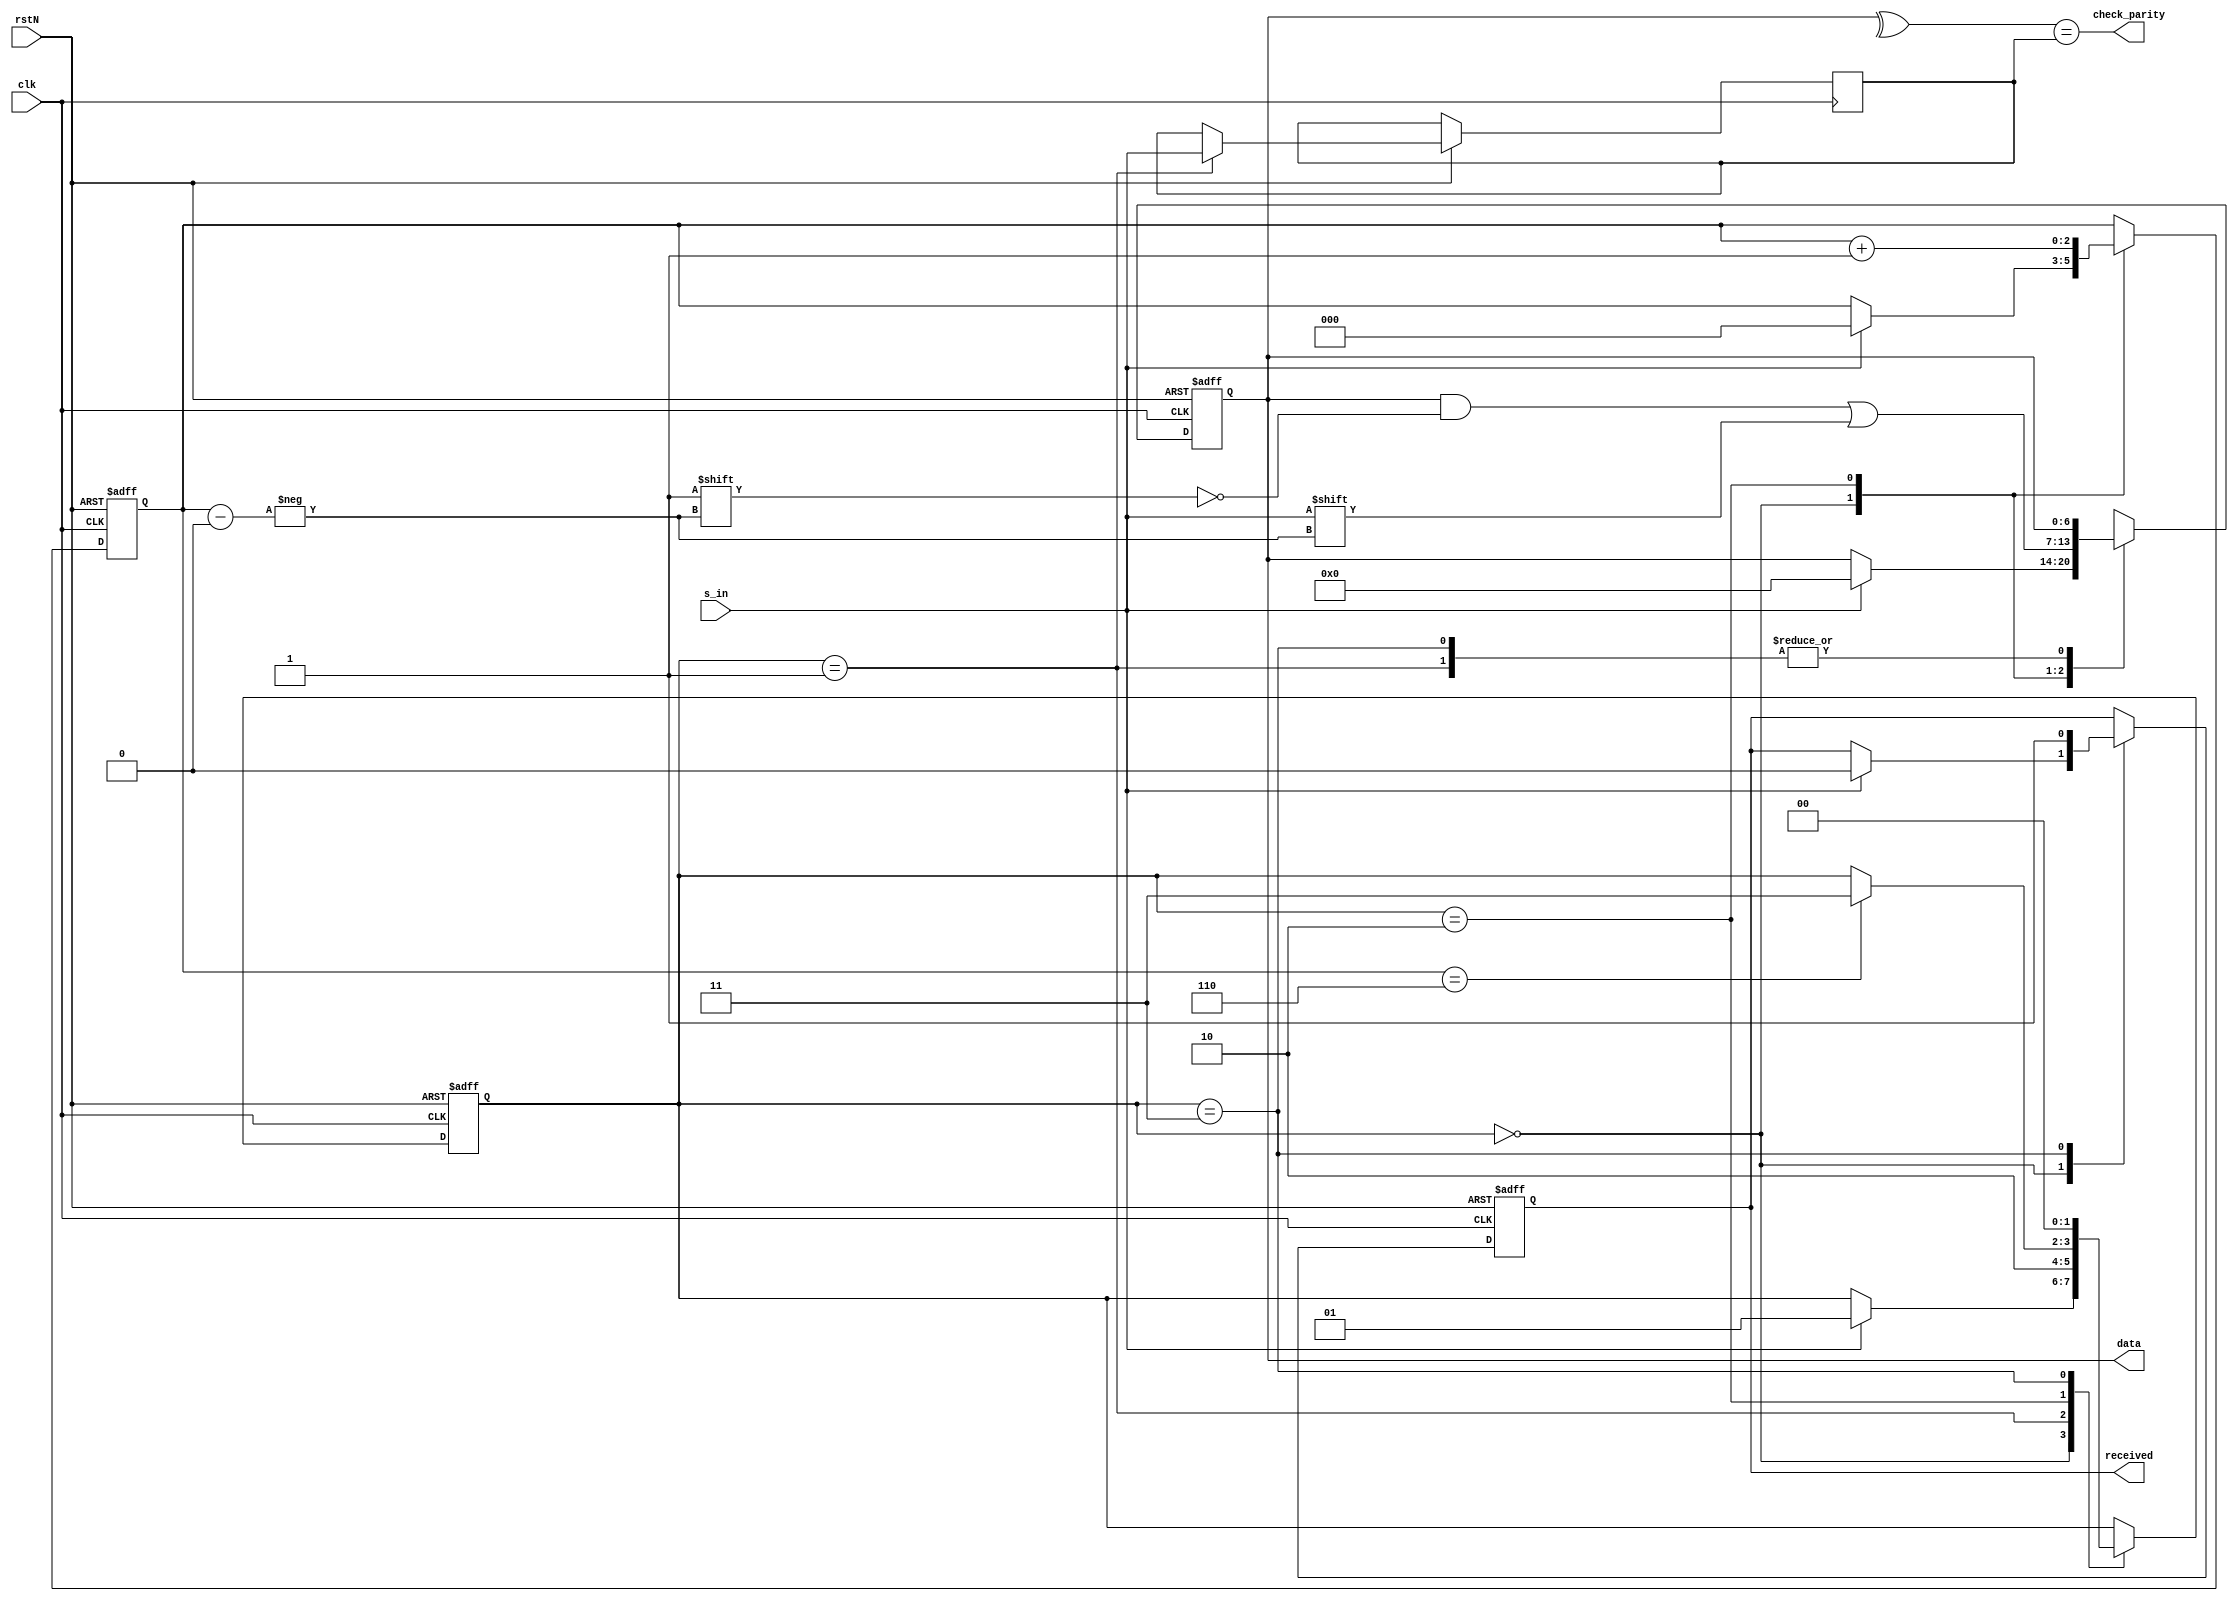
module receiver # (
    parameter START_SIG = 1
) (
    input               rstN,
    input               clk,
    input               s_in,
    output  reg         received,
    output              check_parity,
    output  reg [6:0]   data
);

localparam S_IDLE       = 0;
localparam S_PARITY     = 1;
localparam S_RECEIVE    = 2;
localparam S_STOP       = 3;

reg [1:0]   state;
reg [2:0]   data_index;
reg         expected_parity;
wire        actual_parity;

assign actual_parity = ^data;
assign check_parity = actual_parity == expected_parity;

always @(posedge clk or negedge rstN) begin
    if (~rstN) begin
        state <= S_IDLE;
        data_index <= 0;
        received <= 0;
        data <= 0;
    end
    else begin
        case (state)
            S_IDLE: begin
                if (s_in == START_SIG) begin
                    data_index <= 0;
                    data <= 0;
                    state <= S_PARITY;
                    received <= 0;
                end
            end
            S_PARITY: begin
                expected_parity <= s_in;
                state <= S_RECEIVE;
            end
            S_RECEIVE: begin
                data[data_index] <= s_in;
                data_index <= data_index + 1;
                if (data_index == 6) begin
                    state <= S_STOP;
                end
            end
            S_STOP: begin
                state <= S_IDLE;
                received <= 1;
            end
            default: state <= S_IDLE;
        endcase
    end
end

endmodule